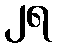
၂ရ